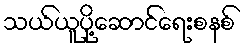
သယ်ယူပို့ဆောင်ရေးစနစ်